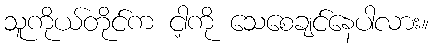
သူကိုယ်တိုင်က ငါ့ကို သေစေချင်နေပါလား။